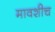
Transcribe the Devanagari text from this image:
मावशीच